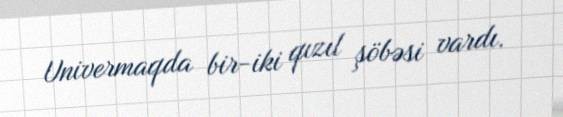
Univermaqda bir-iki qızıl şöbəsi vardı.